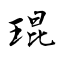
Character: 琨